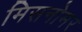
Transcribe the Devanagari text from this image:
मिसनोमर